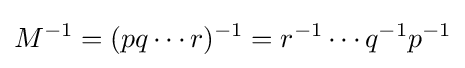
M^{-1}=(pq\cdots r)^{-1}=r^{-1}\cdots q^{-1}p^{-1}